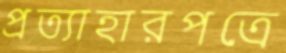
প্রত্যাহারপত্রে